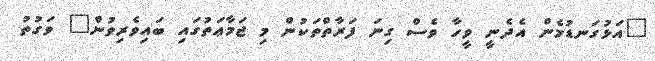
"އަޅުގަނޑުމެން އެދެނީ ވީހާ ވެސް ގިނަ ފަރާތްތަކުން މި ޖަމާޢަތުގައި ބައިވެރިވުން" ވަގުތު